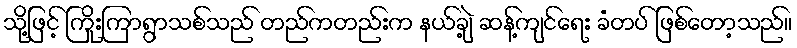
သို့ဖြင့် ကြိုးကြာရွာသစ်သည် တည်ကတည်းက နယ်ချဲ့ ဆန့်ကျင်ရေး ခံတပ် ဖြစ်တော့သည်။